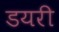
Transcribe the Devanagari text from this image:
डयरी